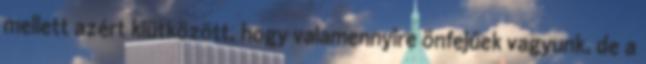
mellett azért kiütközött, hogy valamennyire önfejűek vagyunk, de a